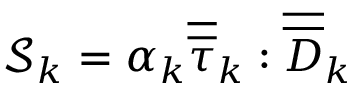
\mathcal { S } _ { k } = \alpha _ { k } \overline { { \overline { { \tau } } } } _ { k } : \overline { { \overline { { D } } } } _ { k }